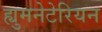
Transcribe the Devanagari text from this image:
ह्युमनेटेरियन